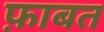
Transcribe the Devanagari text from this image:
फ़ाबत